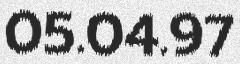
05.04.97